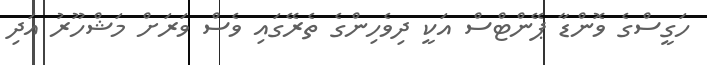
ހަގީސްގެ ވޮންޑާ ޕޭންޓްސް އަކީ ދިވެހިންގެ ތެރޭގައި ވެސް ވަރަށް މަޝްހޫރު އަދި